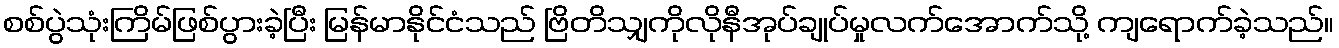
စစ်ပွဲသုံးကြိမ်ဖြစ်ပွားခဲ့ပြီး မြန်မာနိုင်ငံသည် ဗြိတိသျှကိုလိုနီအုပ်ချုပ်မှုလက်အောက်သို့ ကျရောက်ခဲ့သည်။